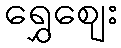
ရွှေဈေး